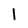
Character: 1